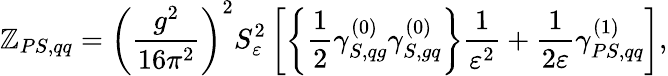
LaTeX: \mathbb{Z}_{PS,qq}=\left(\frac{{g^{2}}}{{16\pi^{2}}}\right)^{2}S_{\varepsilon}^{2}\left[\left\{ \frac{{1}}{{2}}\gamma_{S,qg}^{(0)}\gamma_{S,gq}^{(0)}\right\} \frac{{1}}{{\varepsilon^{2}}}+\frac{{1}}{{2\varepsilon}}\gamma_{PS,qq}^{(1)}\right],